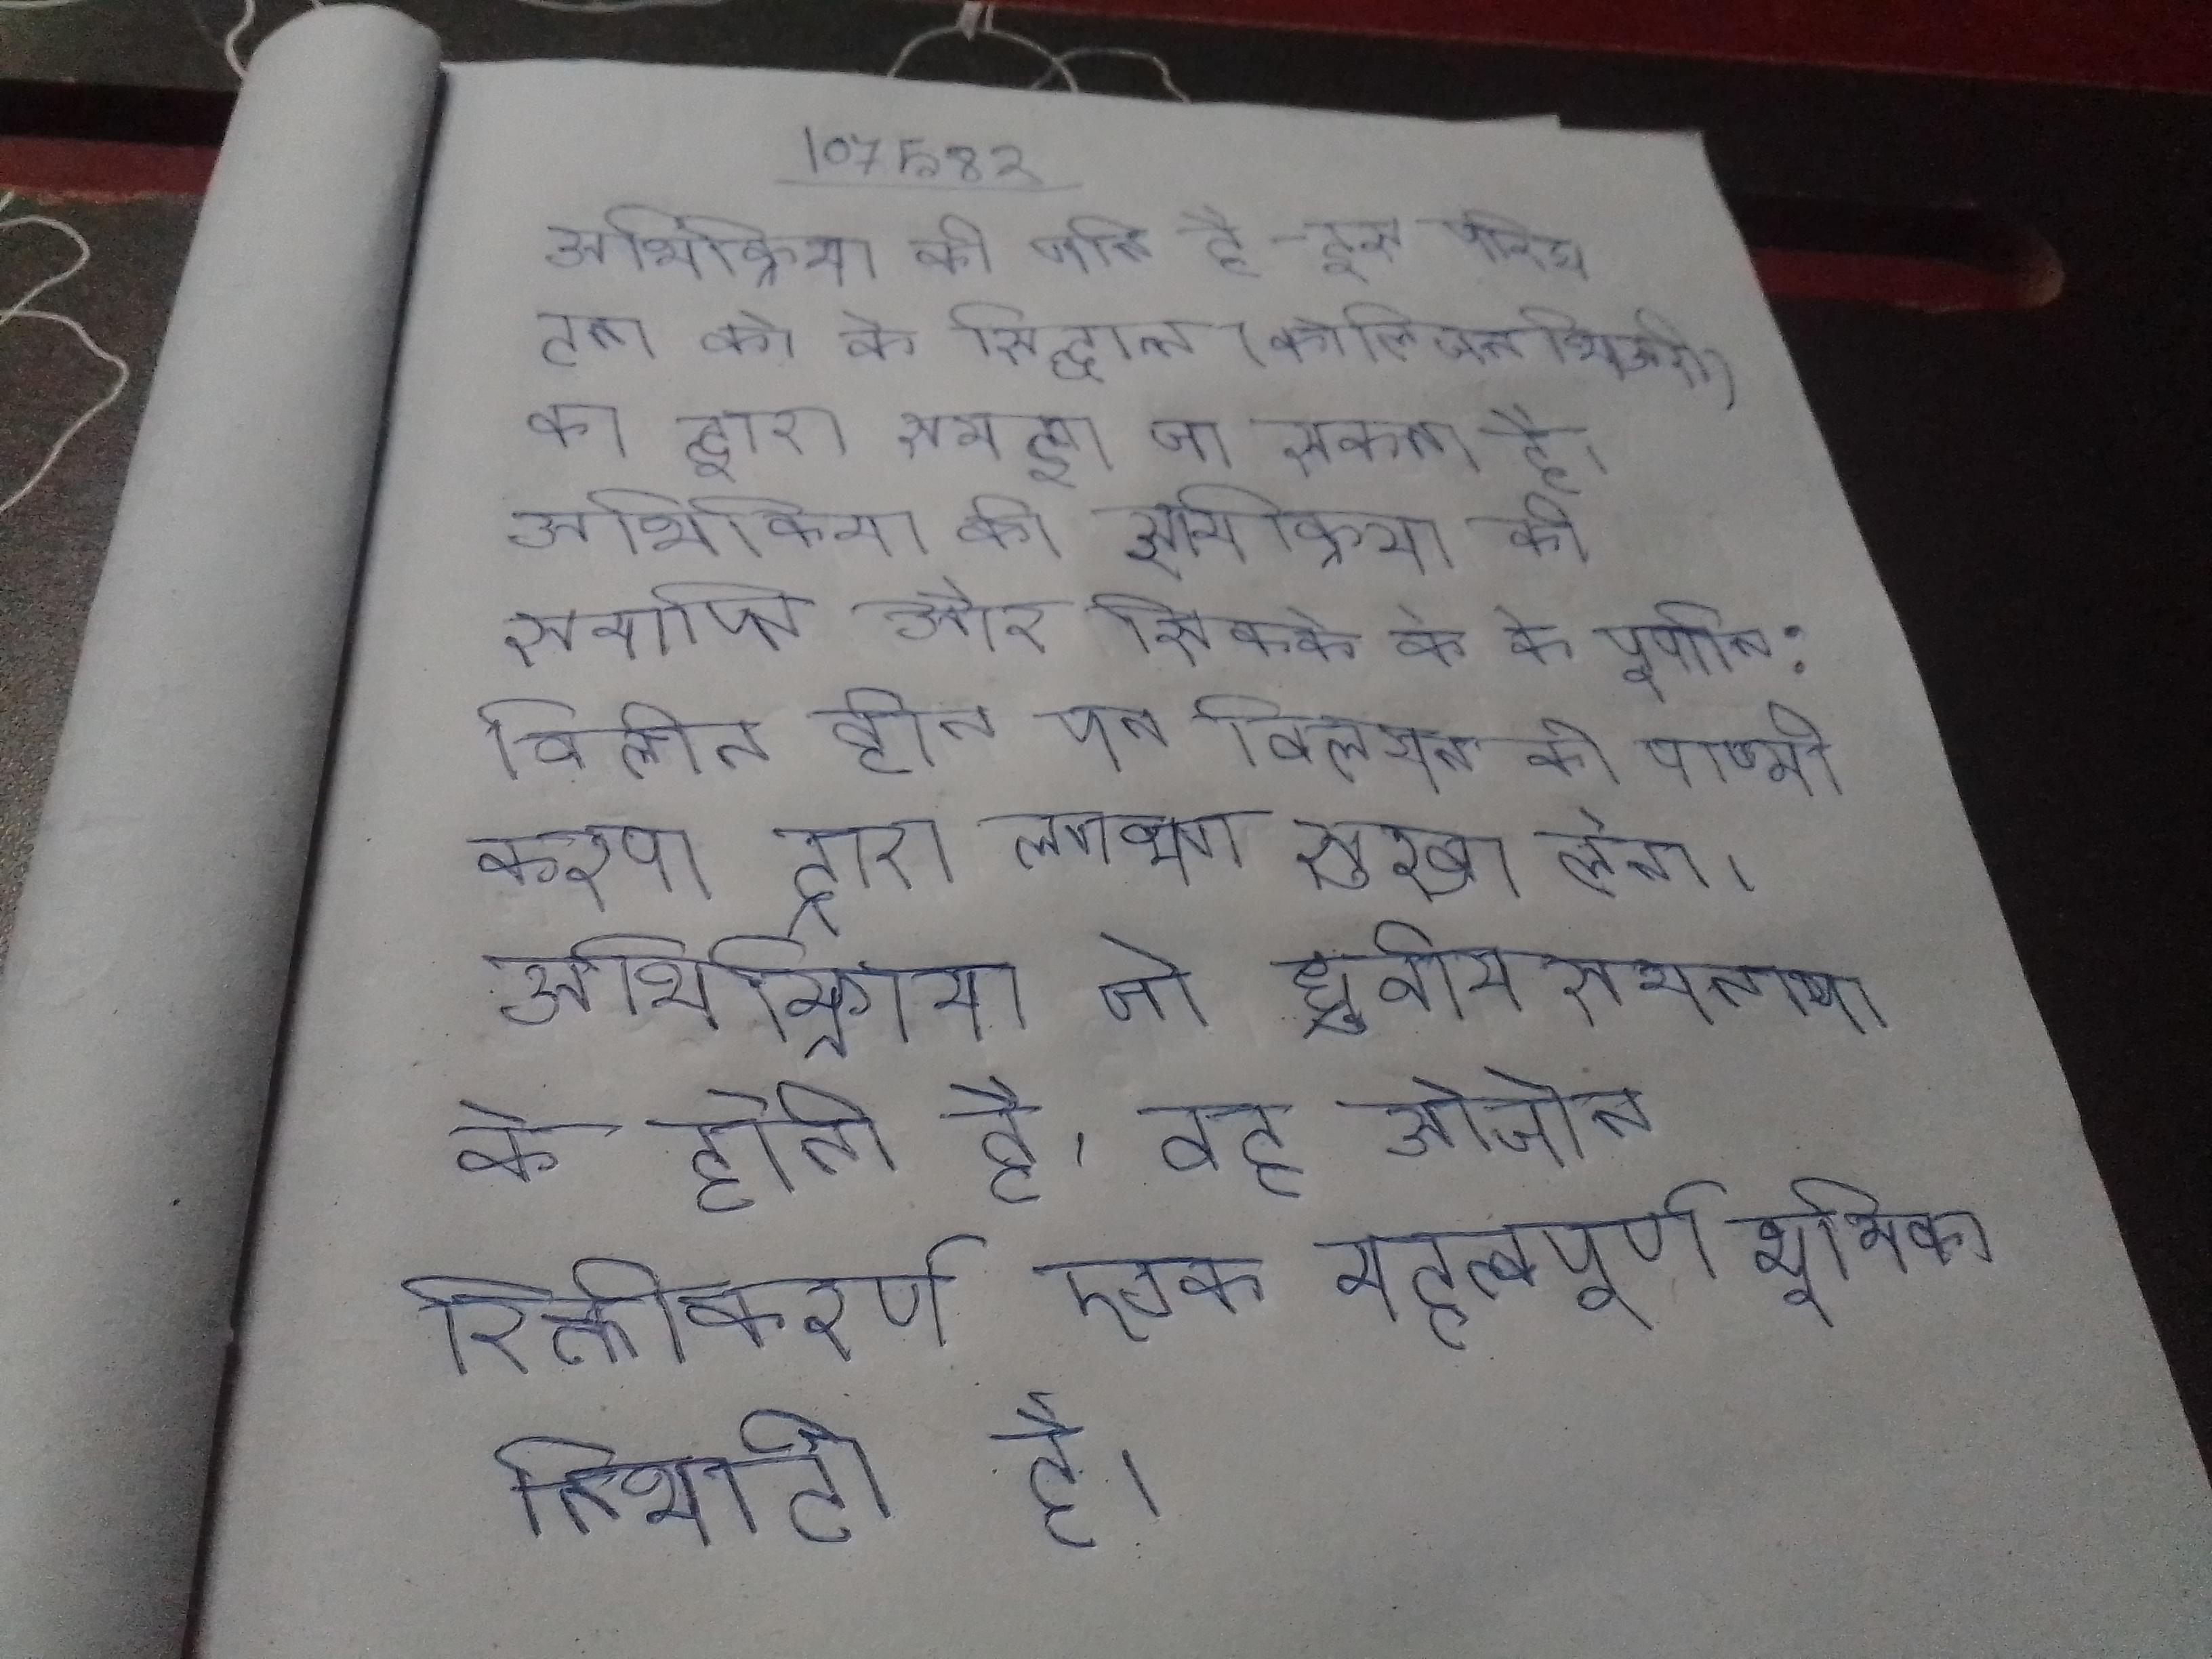
अभिक्रिया की गति है - इस परिघटना को के सिद्धान्त (कोलिजन थिअरी) के द्वारा समझा जा सकता है । अभिक्रिया की समाप्ति और सिक्के के के पूर्णत: विलीन होने पर विलयन को वाष्म्पीकरण द्वारा लगभग सुखा लेते । अभिक्रिया जो ध्रुवीय समताप के होती है, वह ओजोन रिक्तीकरण एक महत्वपूर्ण भूमिका निभाटी है ।